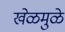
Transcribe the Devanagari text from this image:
खेळमुळे